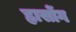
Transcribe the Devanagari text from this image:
ह्वासोंग